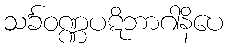
သင်္ခဝဏ္ဏပဋိဘာဂါနိပေ